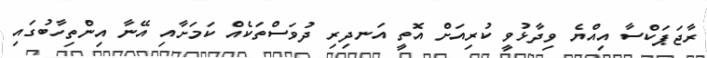
ރާޖަޕަކްސާ އިއްޔެ ވިދާޅުވީ ކުރިއަށް އޮތީ އަނދިރި ދުވަސްތަކެއް ކަމަށާއި އޭނާ އިންތިހާބުގައި